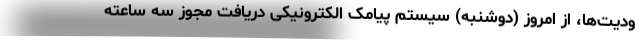
ودیت‌ها، از امروز (دوشنبه) سیستم پیامک الکترونیکی دریافت مجوز سه ساعته